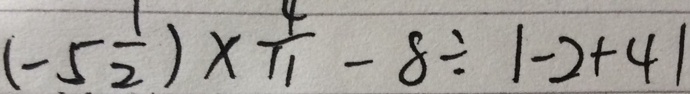
( - 5 \frac { 1 } { 2 } ) \times \frac { 4 } { 1 1 } - 8 \div 1 - 2 + 4 1